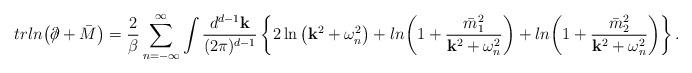
LaTeX: \begin{align*}trln{\left(\partial\!\!\!\slash+\bar{M}\right)}=\frac{2}{\beta} \sum_{n=-\infty}^{\infty}\int \frac{d^{d-1}{\bf k}}{(2\pi)^{d-1}}\left\{2\ln{\left( {\bf k}^{2}+\omega_{n}^{2} \right)}+ln{\left( 1+\frac{\bar{m}_{1}^{2}}{{\bf k}^{2}+\omega_{n}^{2}}\right)}+ln{\left( 1+\frac{\bar{m}_{2}^{2}}{{\bf k}^{2}+\omega_{n}^{2}}\right)}\right\}.\end{align*}